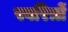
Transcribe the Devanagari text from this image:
स्वरित्रों